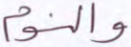
والنوم